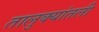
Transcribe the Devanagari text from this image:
तालुक्यांतली